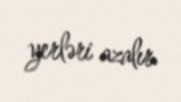
yerləri azalır.